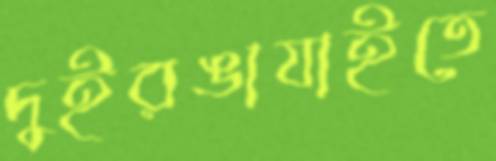
দুইরঙাযাইতে